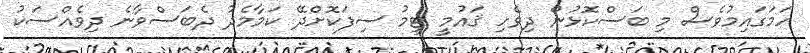
ހަމަގައިމުވެސް މި ބަސްކޮޅުން ދިވެހި ޤައުމީ ޓީމު ސިފަކޮށްދޭ ކަމާމެދު ދެބަސްވާނެ ދިވެއްސަކު